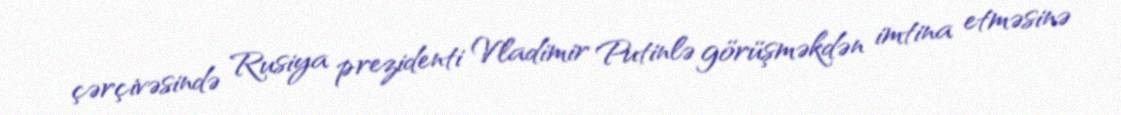
çərçivəsində Rusiya prezidenti Vladimir Putinlə görüşməkdən imtina etməsinə